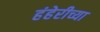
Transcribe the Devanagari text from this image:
हंहेरीच्या